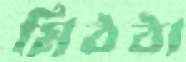
মিঠঠা